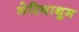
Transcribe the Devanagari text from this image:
नेरियाथुम